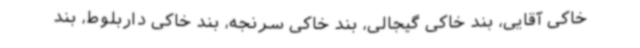
خاکی آقایی، بند خاکی گیجالی، بند خاکی سرنجه، بند خاکی داربلوط، بند